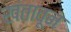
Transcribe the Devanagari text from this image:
खंतावून